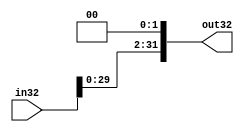
module sh_left32(input [31:0] in32,
output [31:0] out32);
 
     
   
	   
      assign out32=in32<<2;

     
	
 
endmodule